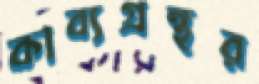
কাব্যগ্রন্থর